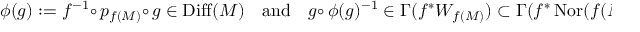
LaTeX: \phi ( g ) : = f ^ { - 1 } \circ \, p _ { f ( M ) } \circ \, g \in \operatorname { D i f f } ( M ) \quad { \mathrm { a n d } } \quad g \circ \, \phi ( g ) ^ { - 1 } \in \Gamma ( f ^ { * } W _ { f ( M ) } ) \subset \Gamma ( f ^ { * } \operatorname { N o r } ( f ( M ) ) ) .